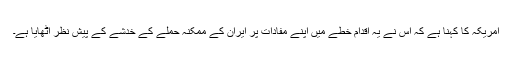
امریکہ کا کہنا ہے کہ اس نے یہ اقدام خطے میں اپنے مفادات پر ایران کے ممکنہ حملے کے خدشے کے پیشِ نظر اٹھایا ہے۔